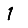
Digit: 1